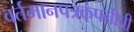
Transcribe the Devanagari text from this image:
वर्तमानपत्रकंपनीची